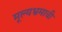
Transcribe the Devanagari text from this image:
मूल्यभ्रमाची